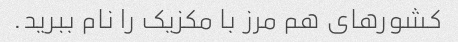
کشورهای هم مرز با مکزیک را نام ببرید.